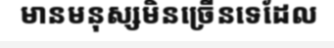
មានមនុស្សមិនច្រើនទេដែល